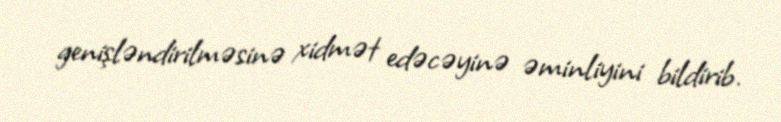
genişləndirilməsinə xidmət edəcəyinə əminliyini bildirib.